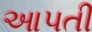
આપતી